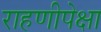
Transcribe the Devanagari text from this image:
राहणीपेक्षा